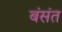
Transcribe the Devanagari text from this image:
बंसंत